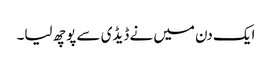
ایک دن میں نے ڈیڈی سے پوچھ لیا۔